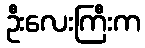
ဦးလေးကြီးက